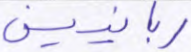
ربانيين